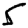
Digit: 5